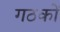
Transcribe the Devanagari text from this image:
गठकों